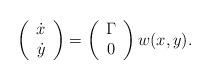
LaTeX: \begin{align*}\left(\begin{array}{c}\dot x\\ \dot y\end{array}\right) = \left(\begin{array}{c}\Gamma\\0\end{array}\right)w(x,y).\end{align*}